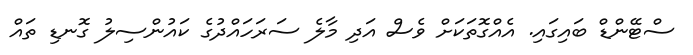
ސްޓޭންޑް ބައިގައި. އެއްގޮތަކަށް ވެސް އަދި މާލެ ސަރަހައްދުގެ ކައުންސިލު ގޮނޑި ތައް